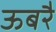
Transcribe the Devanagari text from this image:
ऊबरै